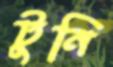
টুনি